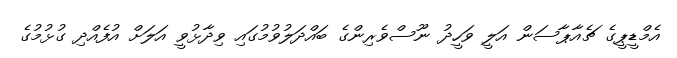
އެމްޑީޕީގެ ޗެއާޕާސަން އަލީ ވަހީދު ނޫސްވެރިންގެ ބައްދަލުވުމުގައި ވިދާޅުވީ އަލަށް އުފެއްދި ގުޅުމުގެ